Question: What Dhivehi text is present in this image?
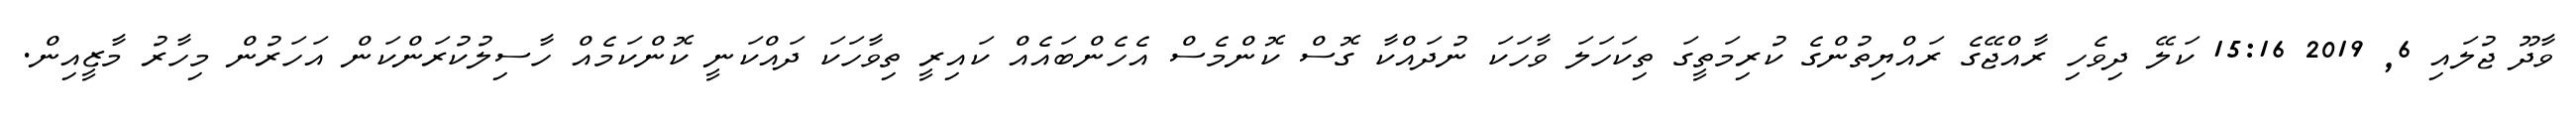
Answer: ވާދޫ ޖުލައި 6, 2019 15:16 ކަލޭ ދިވެހި ރާއްޖޭގެ ރައްޔިތުންގެ ކުރިމަތީގަ ތިކަހަލަ ވާހަކަ ނުދައްކާ ގޮސް ކޮންމެސް އެހެންބައެއް ކައިރީ ތިވާހަކަ ދައްކަނީ ކޮންކަމެއް ހާސިލުކުރަންކަން އަހަރުން މިހާރު މާޒީއިން.